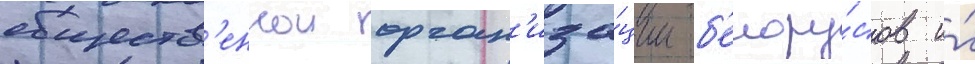
обществ'еннои орган'иза́ции б'елору́сов и́